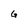
Character: G